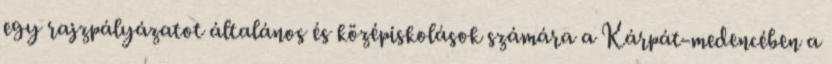
egy rajzpályázatot általános és középiskolások számára a Kárpát-medencében a